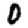
Digit: 0